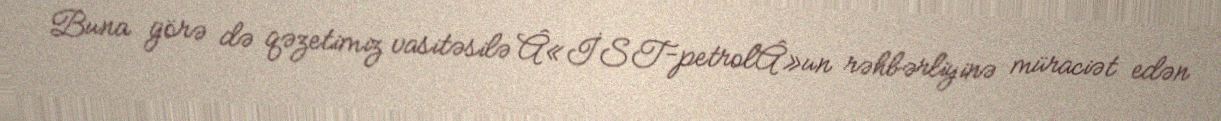
Buna görə də qəzetimiz vasitəsilə Â«İST-petrolÂ»un rəhbərliyinə müraciət edən